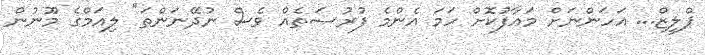
ޕްލީޒް... އަހަންނަށް މަޢާފުކޮށް ހަމަ އެންމެ ފުރުޞަތެއް ވެސް ނުދޭނަންތަ" ލިއަމްގެ މޫނުން